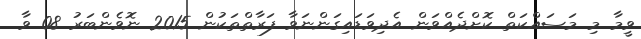
ވީމާ މި މަސައްކަތް ކޮށްދެއްވަން އެދިވަޑައިގަންނަވާ ފަރާތްތަކުން 2015 ނޮވެންބަރު 08 ވާ